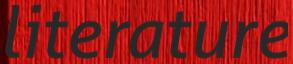
literature